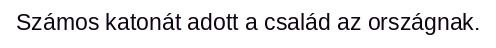
Számos katonát adott a család az országnak.